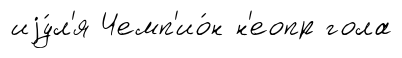
иjу́л'я Чемп'ио́н н'еопр гола